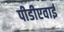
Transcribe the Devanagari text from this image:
पीडीएवाई